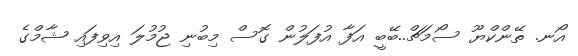
އޯނ. ތޭންކްޔޫ ސޯމަޗް..ބޭބީ އަފާ އުފަލުން ގޮސް މިބުނި ޖުމުލަ އިވިފައި ޝާމްގެ